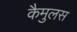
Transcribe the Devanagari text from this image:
कैमुलस